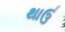
થાઉ